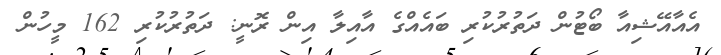
އެއާއޭޝިއާ ބޯޓުން ދަތުރުކުރި ބައެއްގެ އާއިލާ އިން ރޮނީ: ދަތުރުކުރި 162 މީހުން